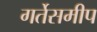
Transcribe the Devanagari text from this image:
गर्तेसमीप